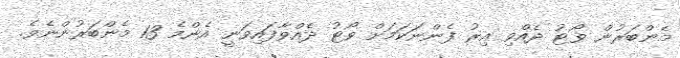
މެންބަރުން ވޯޓު ދެއްވި އިރު ފެންނަކަމަށް ވޯޓު ދެއްވާފައިވަނީ އެންމެ 13 މެންބަރުންނެވެ.